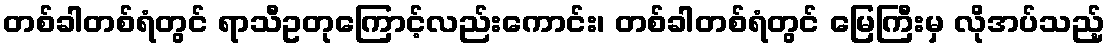
တစ်ခါတစ်ရံတွင် ရာသီဥတုကြောင့်လည်းကောင်း၊ တစ်ခါတစ်ရံတွင် မြေကြီးမှ လိုအပ်သည့်